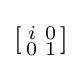
\left[{\begin{smallmatrix}i&0\\0&1\\\end{smallmatrix}}\right]